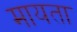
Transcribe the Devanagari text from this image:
मायता